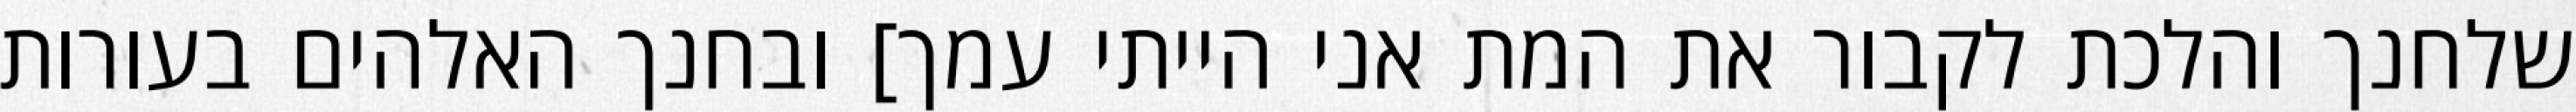
שלחנך והלכת לקבור את המת אני הייתי עמך] ובחנך האלהים בעורות